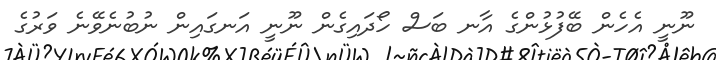
ނޫނީ އެހެން ބޭފުޅުންގެ އާނ ބަސް ހޯދައިގެން ނޫނީ އަނގައިން ނުބުނެވޭނެ ވަރުގެ